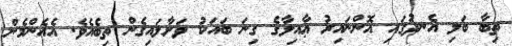
ތިބާ ބަލި އެނދުގައި އޮންނައިރު ޢާއިލާގެ ގިނަ ބައަކު ވަށާލައިގެން ތިބެއެވެ. އެއެންމެން